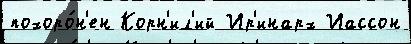
похоро́н'ен Корн'ил'ий Ир'инарх Иассон